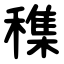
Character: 穕